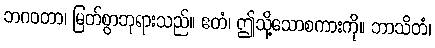
ဘဂဝတာ၊ မြတ်စွာဘုရားသည်။ ဧတံ၊ ဤသို့သောစကားကို။ ဘာသိတံ၊